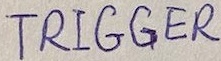
Text: TRIGGER